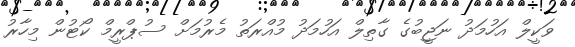
ވަކީލް އަހުމަދު ނަޖީބުގެ ގާތިލް އަހުމަދު މުއްރަތު މެރުމަށް ސުޕްރީމް ކޯޓުން މިހާރު